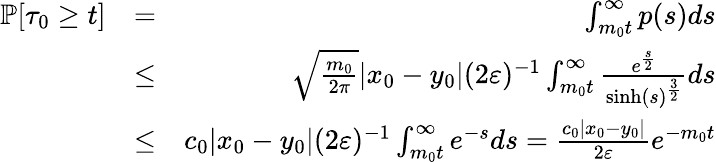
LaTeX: \begin{array}{rlr}{\mathbb{P}[\tau_{0}\ge t]}&{=}&{\int_{m_{0}t}^{\infty}p(s)ds}\\ &{\le}&{\sqrt{\frac{m_{0}}{2\pi}}|x_{0}-y_{0}|(2\varepsilon)^{-1}\int_{m_{0}t}^{\infty}\frac{e^{\frac{s}{2}}}{\sinh(s)^{\frac{3}{2}}}ds}\\ &{\le}&{c_{0}|x_{0}-y_{0}|(2\varepsilon)^{-1}\int_{m_{0}t}^{\infty}e^{-s}ds=\frac{c_{0}|x_{0}-y_{0}|}{2\varepsilon}e^{-m_{0}t}}\end{array}